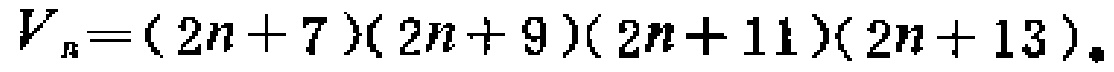
\[V_{n}=(2n + 7)(2n + 9)(2n + 11)(2n + 13)\]